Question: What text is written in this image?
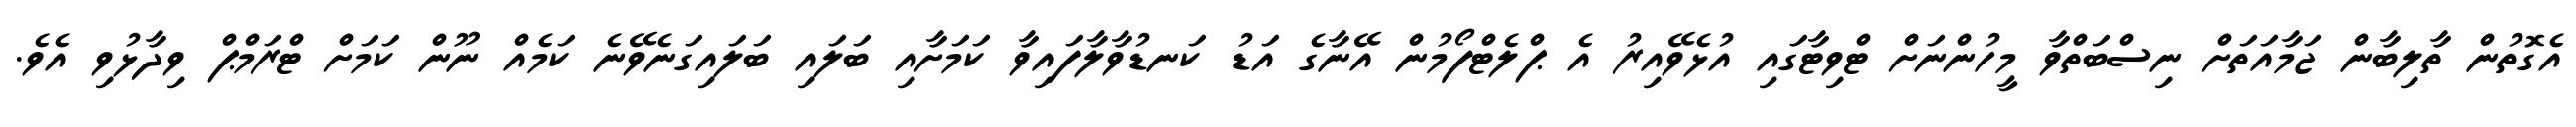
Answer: އެގޮތުން ތާލިބާން ޖަމާއަތަށް ނިސްބަތްވާ މީހުންނަށް ޓްވިޓާގައި އުޅެވޭއިރު އެ ޕްލެޓްފޯމުން އޭނާގެ އަޑު ކަނޑުވާލާފައިވާ ކަމަށާއި ބަލައި ބަލައިގަނެވޭނެ ކަމެއް ނޫން ކަމަށް ޓްރަމްޕް ވިދާޅުވި އެވެ.